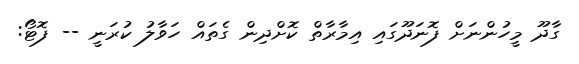
ގާދޫ މީހުންނަށް ފޮނަދޫގައި އިމާރާތް ކޮށްދިން ގެތައް ހަވާލު ކުރަނީ -- ފޮޓޯ: